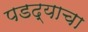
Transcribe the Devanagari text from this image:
पडद्याचा